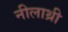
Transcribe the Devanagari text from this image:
नीलाथ्री